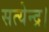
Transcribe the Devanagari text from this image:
सत्येन्द्र।